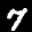
Label: 7